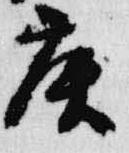
庚